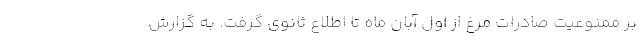
بر ممنوعیت صادرات مرغ از اول آبان ماه تا اطلاع ثانوی گرفت. به گزارش